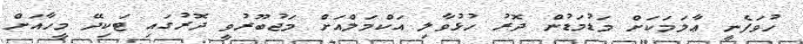
ހުވަފެނީ ޢާލަމަކަށް މަޑުމަޑުން ދޮރު ހުޅުވާލި އަކްމަލްއަށް މަޖުބޫރުވީ ދޮރުގައި ޓަކިދޭ މީހާއަށް